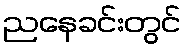
ညနေခင်းတွင်